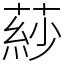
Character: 䔋